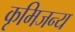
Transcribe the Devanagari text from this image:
कृमिजन्य